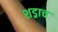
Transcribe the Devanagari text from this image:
शड्राच